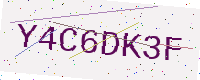
Text: Y4C6DK3F